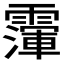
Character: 𩅴